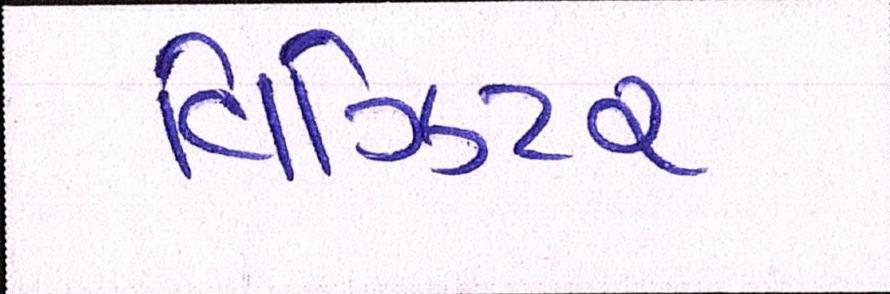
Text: વિઝિટર